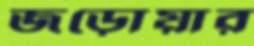
জড়োয়ার